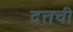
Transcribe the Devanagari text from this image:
दत्तची